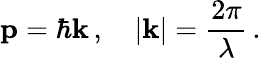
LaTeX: \mathbf{p}=\hbar\mathbf{k}\, ,\quad|\mathbf{k}|={\frac{2\pi}{\lambda}}\, .